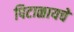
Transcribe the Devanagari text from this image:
पिटाळायचे